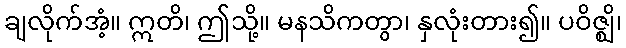
ချလိုက်အံ့။ ဣတိ၊ ဤသို့။ မနသိကတွာ၊ နှလုံးတား၍။ ပဝိဇ္ဈိ၊